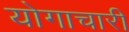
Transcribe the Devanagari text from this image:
योगाचारी